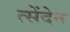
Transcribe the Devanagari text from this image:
त्सेंदेन